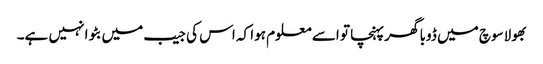
بھولاسوچ میں ڈوبا گھر پہنچا تو اسے معلوم ہوا کہ اس کی جیب میں بٹوا نہیں ہے۔